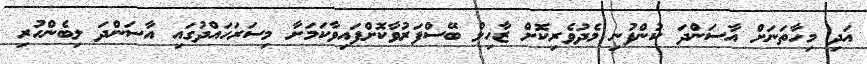
އަދި މިހާތަނަށް އާސަންދަ ކުންފުނި މެދުވެރިކޮށް ޒާހިލް ބޭސްފަރުވާކޮށްފައިވާކަމަށާ މިސަރަހައްދުގައި އާސަންދަ ލިބެންހުރި